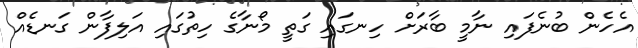
އެހެން ބުނެފައި ނާމީ ބާރަށް ހިނގައި ގަތީ މޯނާގެ ހިތުގައި އަލިފާން ގަނޑެއް